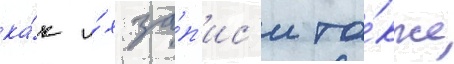
ка́к и́х за́п'ис'и та́кже